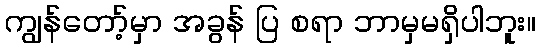
ကျွန်တော့်မှာ အခွန် ပြ စရာ ဘာမှမရှိပါဘူး။